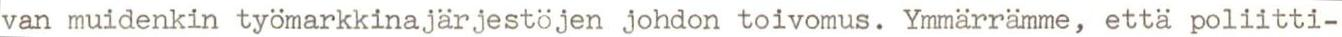
van muidenkin työmarkkinajärjestöjen johdon toivomus. Ymmärrämme, että poliitti-